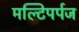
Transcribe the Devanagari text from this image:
मल्टिपर्पज